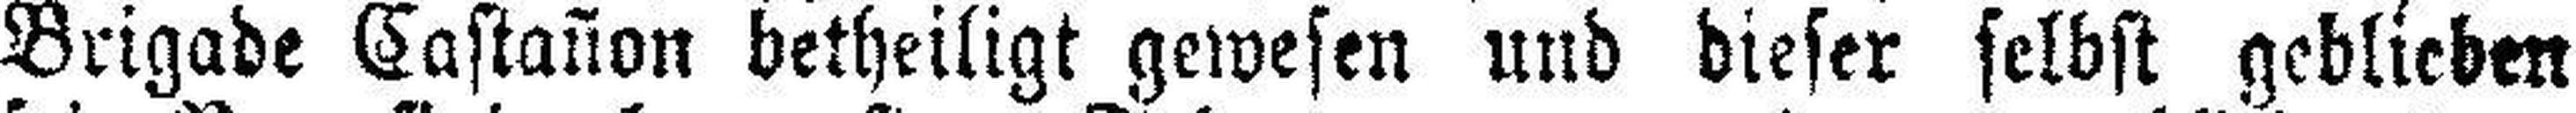
Brigade Castañon betheiligt gewesen und dieser selbst geblieben